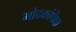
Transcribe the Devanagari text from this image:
मोदकांपेक्षा